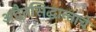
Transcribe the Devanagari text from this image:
अद्वैतसिद्धान्ताचे